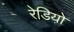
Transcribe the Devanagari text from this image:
रेडियो़